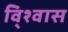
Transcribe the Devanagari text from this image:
वि्श्वास